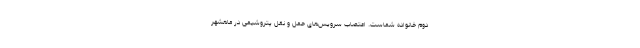
دوم خانواده شماست. اعتصاب سرویس‌های حمل و نقل پتروشیمی در ماهشهر